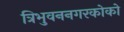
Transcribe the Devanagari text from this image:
त्रिभुवननगरकोको